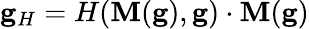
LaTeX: \begin{array}{r}{\mathbf{g}_{H}=H(\mathbf{M}(\mathbf{g}),\mathbf{g})\cdot\mathbf{M}(\mathbf{g})}\end{array}